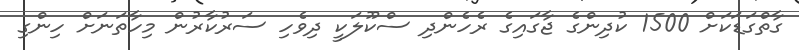
ގާތްގަޑަކަށް 1500 ކުދިންގެ ޖާގައިގެ ރެހެންދި ސްކޫލަކީ ދިވެހި ސަރުކާރުން މިހާތަނަށް ހިންގި